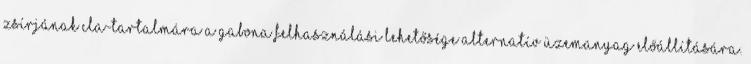
zsírjának CLA-tartalmára A gabona felhasználási lehetősége alternatív üzemanyag előállítására.